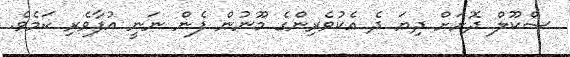
ސްކޫލް ދޮށަށް ދިޔަ ދެ އެކުވެރިންގެ މޫނުން ފެން ނަނީ އުފާވެރި ކަމެވެ.